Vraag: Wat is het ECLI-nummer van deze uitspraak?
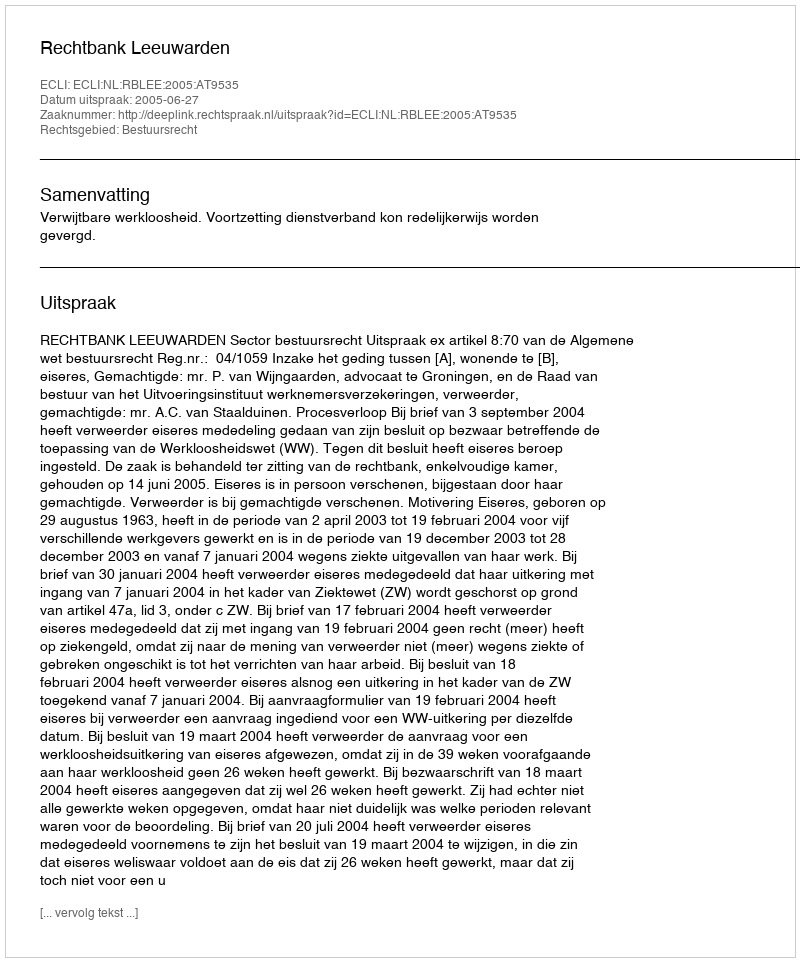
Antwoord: ECLI:NL:RBLEE:2005:AT9535